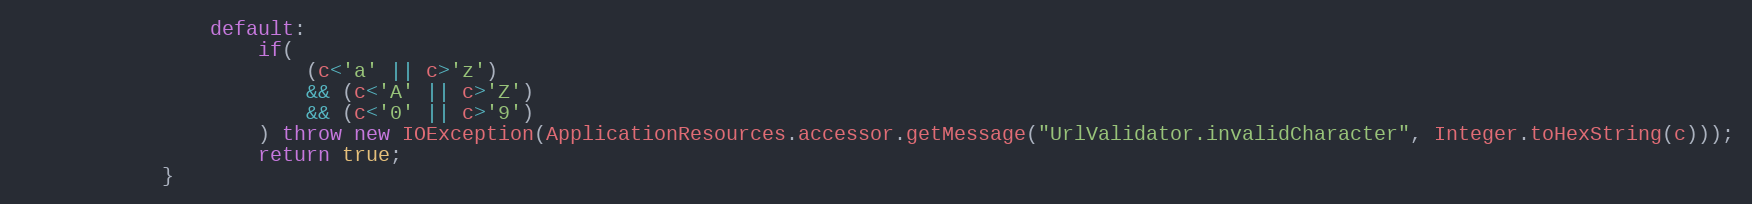
Language: Java
				default:
					if(
						(c<'a' || c>'z')
						&& (c<'A' || c>'Z')
						&& (c<'0' || c>'9')
					) throw new IOException(ApplicationResources.accessor.getMessage("UrlValidator.invalidCharacter", Integer.toHexString(c)));
					return true;
			}